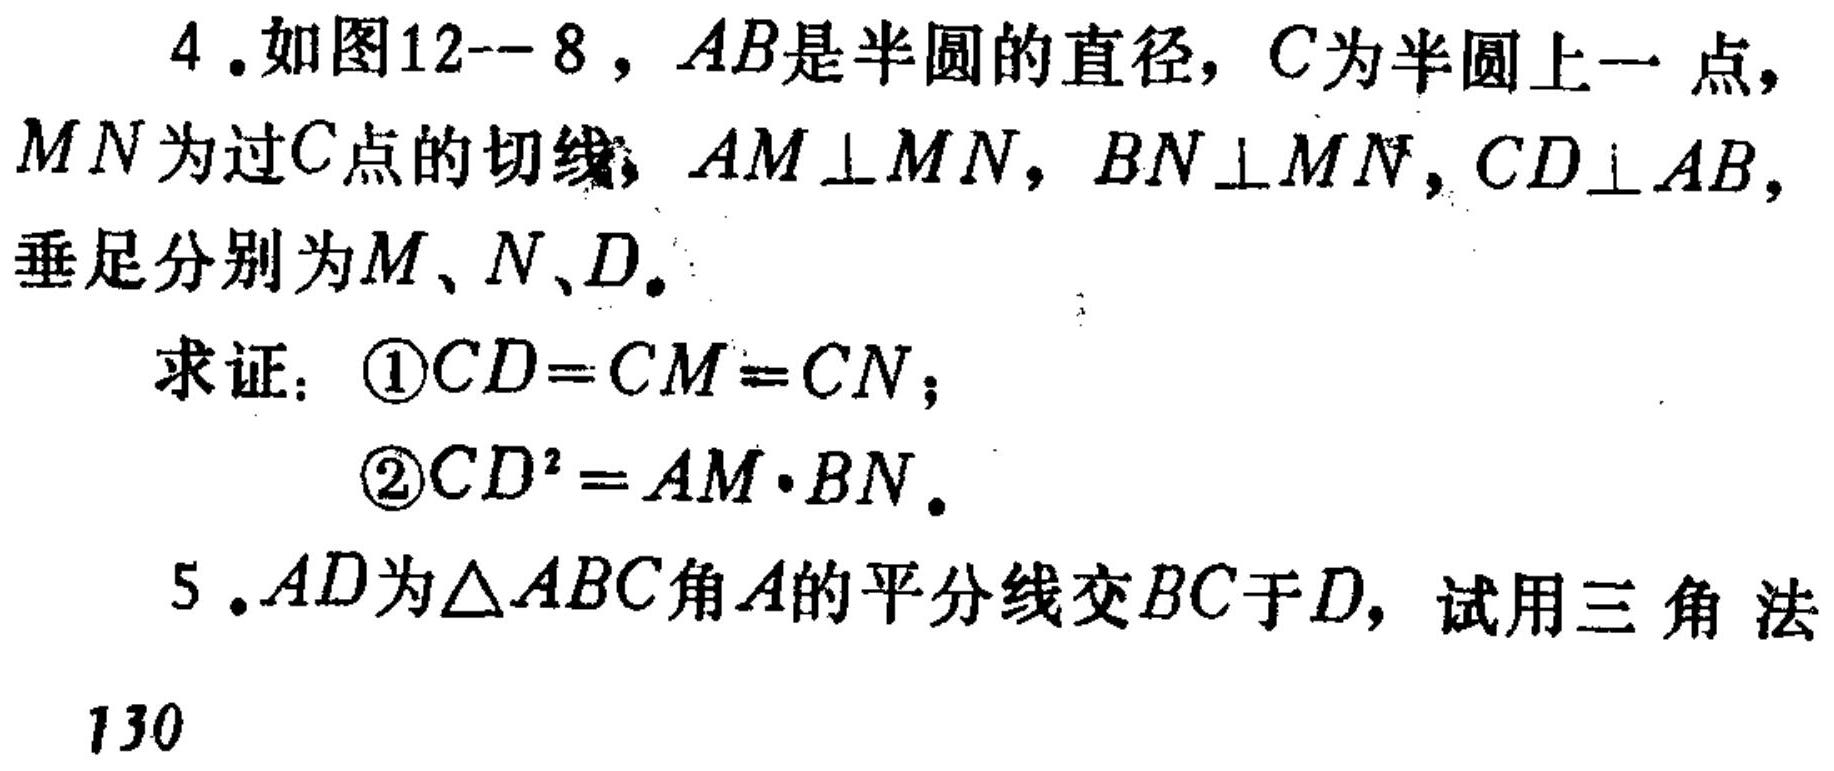
4. 如图12--8，\(AB\)是半圆的直径，\(C\)为半圆上一点，\(MN\)为过\(C\)点的切线，\(AM\perp MN\)，\(BN\perp MN\)，\(CD\perp AB\)，垂足分别为\(M\)、\(N\)、\(D\)。
求证：\textcircled{1}\(CD = CM = CN\)；
\textcircled{2}\(CD^{2}=AM\cdot BN\)。
5. \(AD\)为\(\triangle ABC\)角\(A\)的平分线交\(BC\)于\(D\)，试用三角法
130